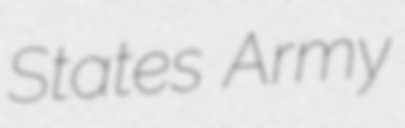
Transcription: States Army